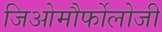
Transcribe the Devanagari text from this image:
जिओमौर्फोलोजी